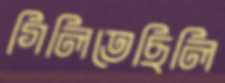
গিলিতেছিলি